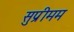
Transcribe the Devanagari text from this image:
सुप्रीमम